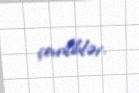
çevriliblər.